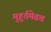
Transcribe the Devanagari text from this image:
मुहूर्तमेढच